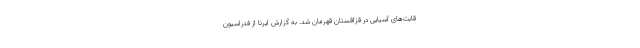
قابت‌های آسیایی در قزاقستان قهرمان شد. به گزارش ایرنا از فدراسیون